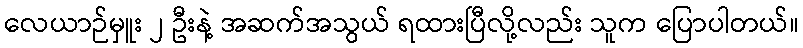
လေယာဉ်မှူး ၂ ဦးနဲ့ အဆက်အသွယ် ရထားပြီလို့လည်း သူက ပြောပါတယ်။